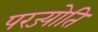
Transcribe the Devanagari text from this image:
परज्योति